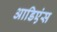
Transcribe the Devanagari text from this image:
आडिएंस